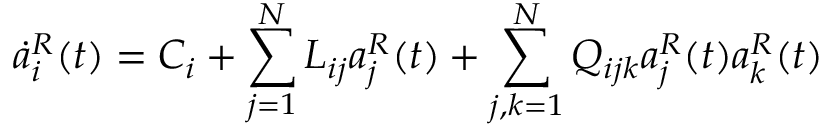
\dot { a } _ { i } ^ { R } ( t ) = C _ { i } + \displaystyle \sum _ { j = 1 } ^ { N } L _ { i j } a _ { j } ^ { R } ( t ) + \displaystyle \sum _ { j , k = 1 } ^ { N } Q _ { i j k } a _ { j } ^ { R } ( t ) a _ { k } ^ { R } ( t )